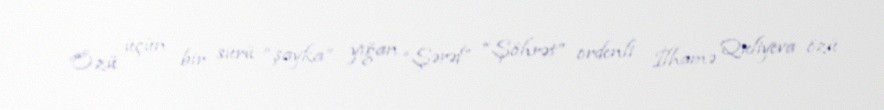
Özü üçün bir sürü “şayka” yığan “Şərəf” “Şöhrət” ordenli İlhamə Quliyeva özü